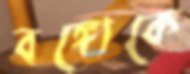
বঙ্গোকে